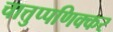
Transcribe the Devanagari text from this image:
चात्तुप्पणिक्कर